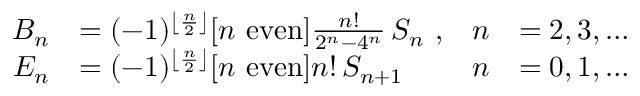
{ \begin{array} { r l r l } { B _ { n } } & { = ( - 1 ) ^ { \left\lfloor { \frac { n } { 2 } } \right\rfloor } [ n { \mathrm { ~ e v e n } } ] { \frac { n ! } { 2 ^ { n } - 4 ^ { n } } } \, S _ { n } \ , } & { n } & { = 2 , 3 , \ldots } \\ { E _ { n } } & { = ( - 1 ) ^ { \left\lfloor { \frac { n } { 2 } } \right\rfloor } [ n { \mathrm { ~ e v e n } } ] n ! \, S _ { n + 1 } } & { n } & { = 0 , 1 , \ldots } \end{array} }